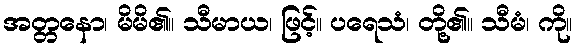
အတ္တနော၊ မိမိ၏။ သီမာယ၊ ဖြင့်။ ပရေသံ၊ တို့၏။ သီမံ၊ ကို။